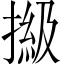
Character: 𢲩